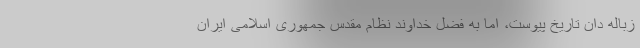
زباله دان تاریخ پیوست، اما به فضل خداوند نظام مقدس جمهوری اسلامی ایران